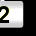
Digit: 2